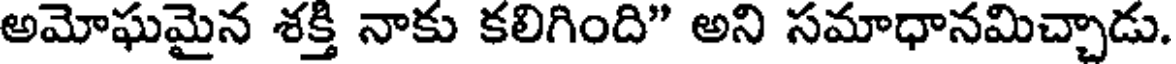
అమోఘమైన శక్తి నాకు కలిగింది" అని సమాధానమిచ్చాడు.